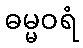
ဓမ္မဝရံ